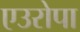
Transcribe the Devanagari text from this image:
एउरोपा